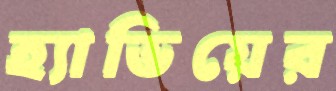
হ্যাভিয়ের